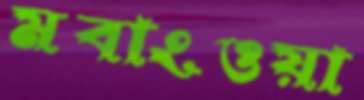
মবাংওয়া